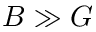
B \gg G